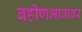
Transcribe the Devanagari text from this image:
बहीणभावावर